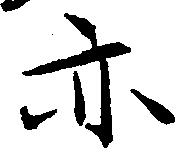
亦